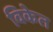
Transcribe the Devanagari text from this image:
विकेत